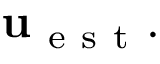
\mathbf { u } _ { \mathrm { ~ e ~ s ~ t ~ } } .